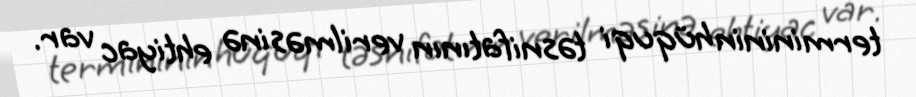
termininin hüquqi təsnifatının verilməsinə ehtiyac var.